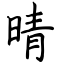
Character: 晴